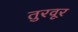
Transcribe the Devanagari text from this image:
तुरवूर